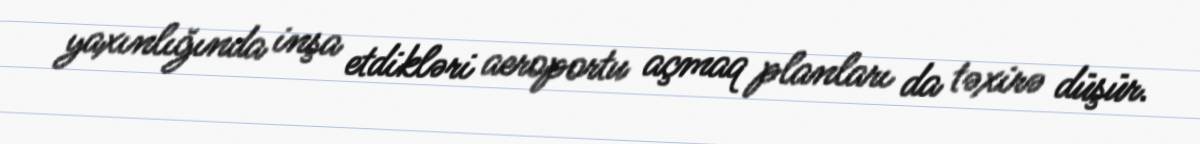
yaxınlığında inşa etdikləri aeroportu açmaq planları da təxirə düşür.